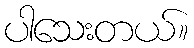
ပါသေးတယ်။